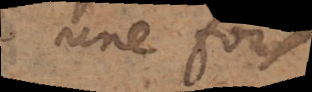
une fois.